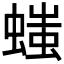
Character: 𧏬